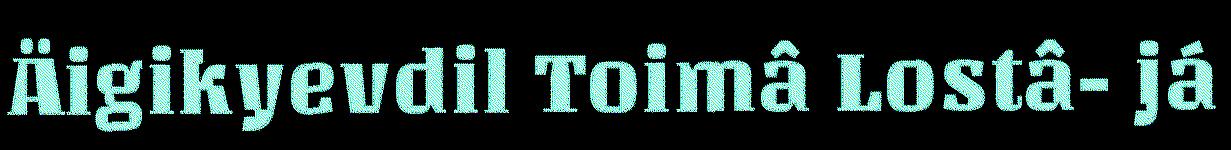
Äigikyevdil Toimâ Lostâ- já